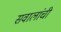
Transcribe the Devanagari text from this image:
सवालांची